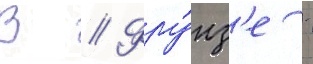
В // Фру́нз'е -